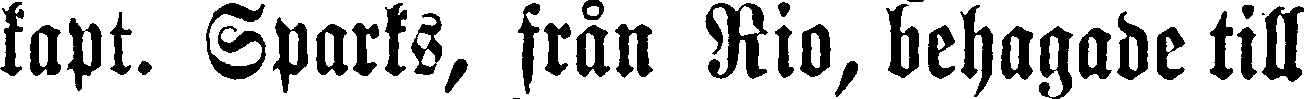
kapt. Sparks, från Rio, behagade till